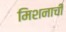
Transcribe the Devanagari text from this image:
मिशनाची